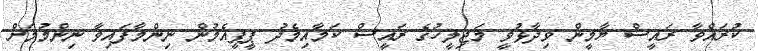
ކުރައްވާ ރައީސް ޔާމީން ވިދާޅުވީ މަޖިލީހުގެ ރައީސް ކަމާއިމެދު ޕީޕީއެމުން ނިންމާފައިވާ ނިންމުމަށް